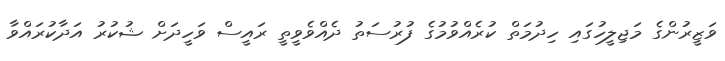
ވަޒީރުންގެ މަޖިލީހުގައި ހިދުމަތް ކުރެއްވުމުގެ ފުރުސަތު ދެއްވެވީތީ ރައީސް ވަހީދަށް ޝުކުރު އަދާކުރައްވާ